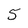
Character: 5